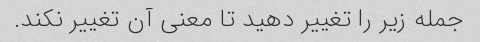
جمله زیر را تغییر دهید تا معنی آن تغییر نکند.